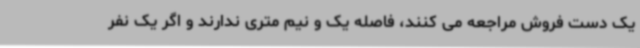
یک دست فروش مراجعه می کنند، فاصله یک و نیم متری ندارند و اگر یک نفر